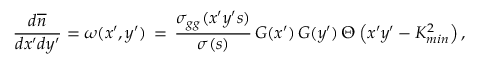
\frac { d \overline { { n } } } { d x ^ { \prime } d y ^ { \prime } } = \omega ( x ^ { \prime } , y ^ { \prime } ) \, = \, \frac { \sigma _ { g g } ( x ^ { \prime } y ^ { \prime } s ) } { \sigma ( s ) } \, G ( x ^ { \prime } ) \, G ( y ^ { \prime } ) \, \Theta \left( x ^ { \prime } y ^ { \prime } - K _ { m i n } ^ { 2 } \right) ,